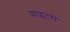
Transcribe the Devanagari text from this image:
फ़ाइटरों